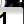
Digit: 1